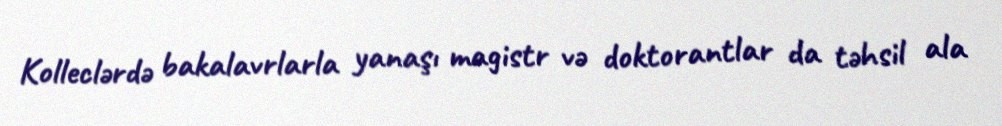
Kolleclərdə bakalavrlarla yanaşı magistr və doktorantlar da təhsil ala